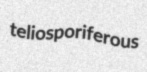
teliosporiferous